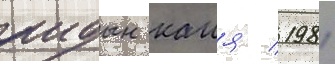
аидын каия / 1981